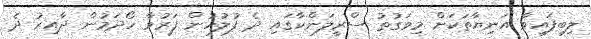
ލިބިފައިވާ އަނިޔާތަކަށް މިވަގުތު ސްރީލަންކާގައި ދެ ފުލުހުން ފަރުވާ ހޯދަމުން ދާއިރު ދެ